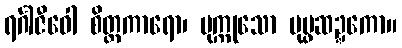
ရင်္ဂါဇီဝေါ စိတ္တကာရော၊ ပုက္ကုသော ပုပ္ဖဆဍ္ဍကော။